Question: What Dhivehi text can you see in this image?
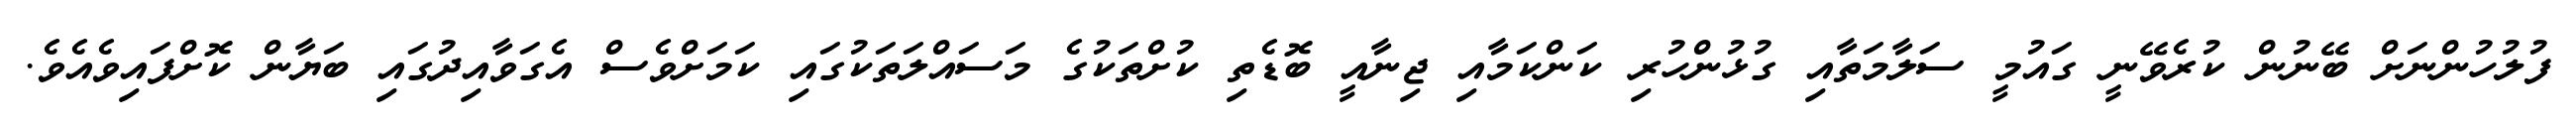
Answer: ފުލުހުންނަށް ބޭނުން ކުރެވޭނީ ގައުމީ ސަލާމަތާއި ގުޅުންހުރި ކަންކަމާއި ޖިނާއީ ބޮޑެތި ކުށްތަކުގެ މަސައްލަތަކުގައި ކަމަށްވެސް އެގަވާއިދުގައި ބަޔާން ކޮށްފައިވެއެވެ.